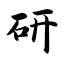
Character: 研